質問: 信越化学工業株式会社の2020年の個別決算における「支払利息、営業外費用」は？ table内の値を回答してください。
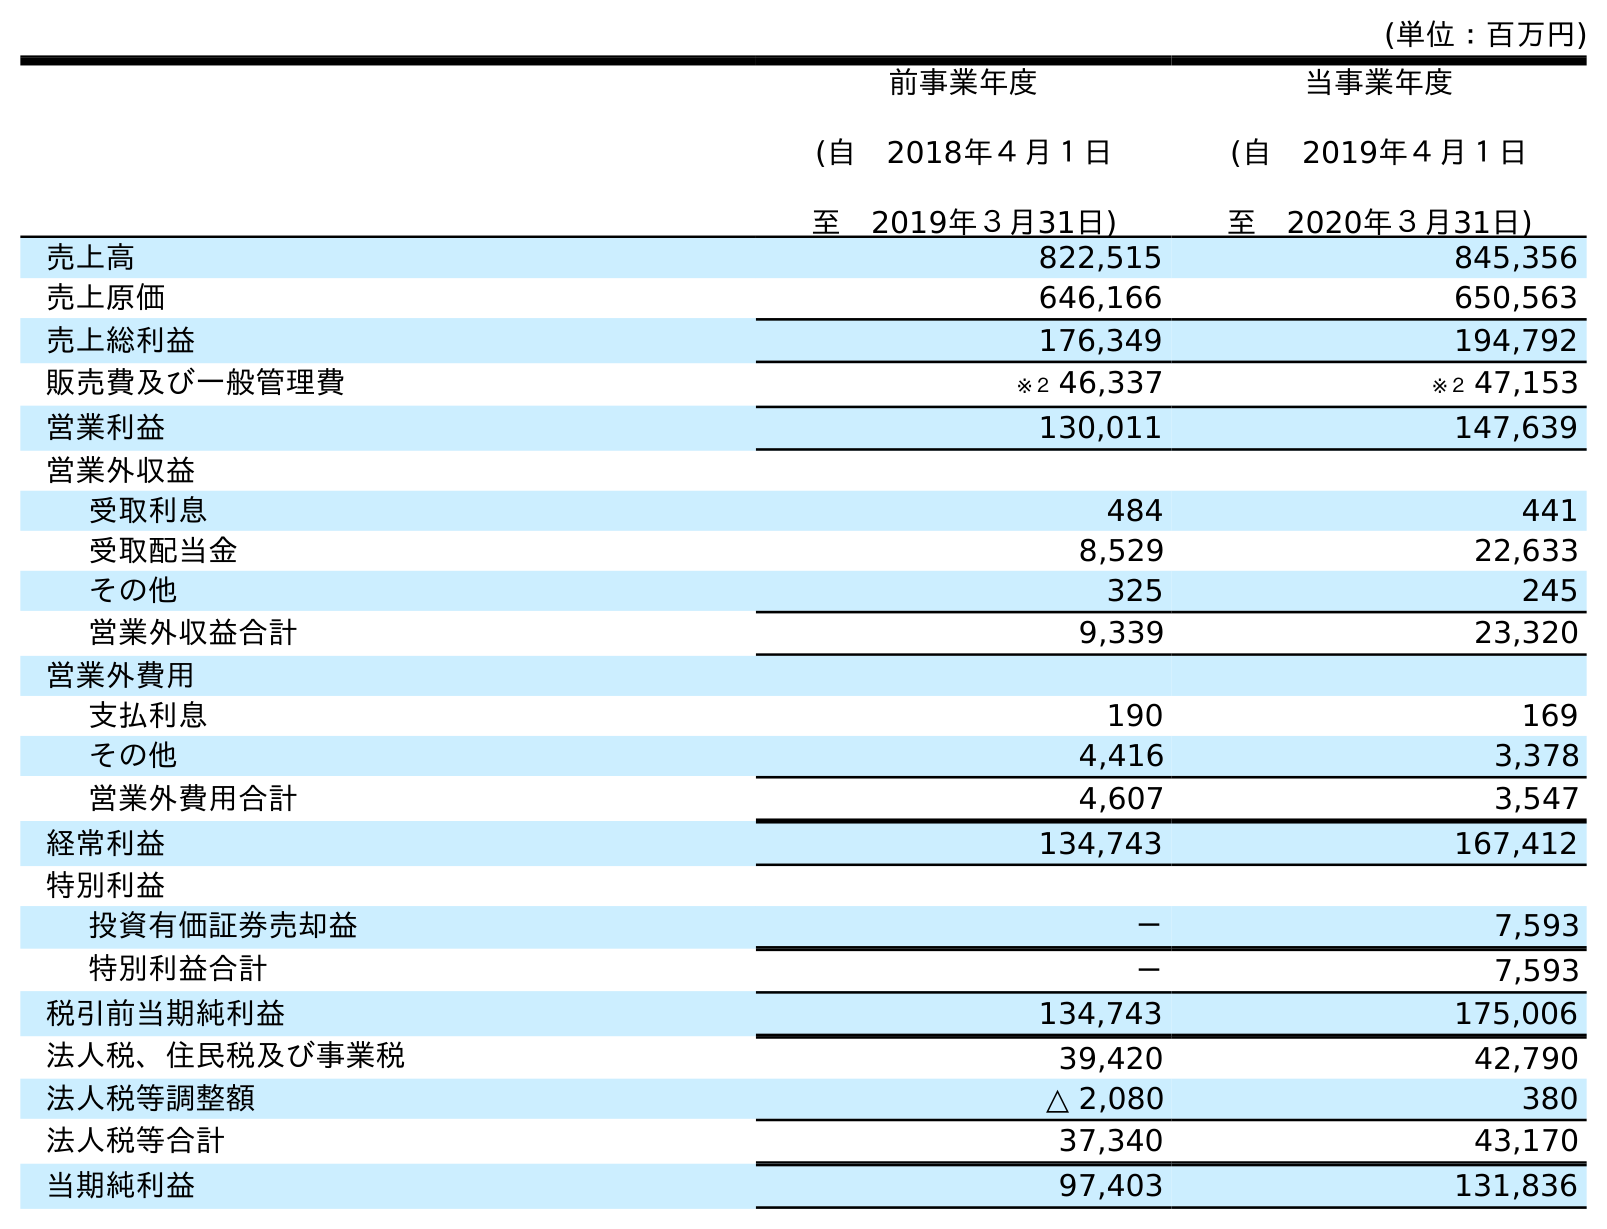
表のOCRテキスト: (単位：百万円) 前事業年度 (自 2018年４月１日 至 2019年３月31日) 当事業年度 (自 2019年４月１日 至 2020年３月31日) 売上高 822,515 845,356 売上原価 646,166 650,563 売上総利益 176,349 194,792 販売費及び一般管理費 ※２ 46,337 ※２ 47,153 営業利益 130,011 147,639 営業外収益 受取利息 484 441 受取配当金 8,529 22,633 その他 325 245 営業外収益合計 9,339 23,320 営業外費用 支払利息 190 169 その他 4,416 3,378 営業外費用合計 4,607 3,547 経常利益 134,743 167,412 特別利益 投資有価証券売却益 － 7,593 特別利益合計 － 7,593 税引前当期純利益 134,743 175,006 法人税、住民税及び事業税 39,420 42,790 法人税等調整額 △ 2,080 380 法人税等合計 37,340 43,170 当期純利益 97,403 131,836
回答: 169